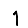
Digit: 1